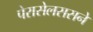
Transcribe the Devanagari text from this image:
पेरासेलससने